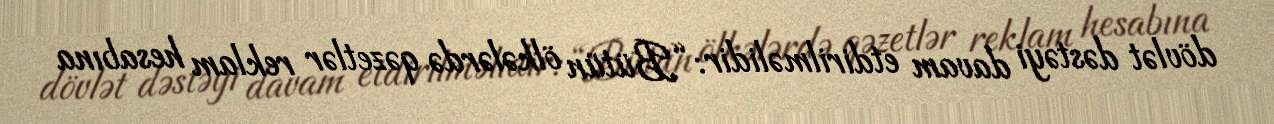
dövlət dəstəyi davam etdirilməlidir: “Bütün ölkələrdə qəzetlər reklam hesabına